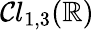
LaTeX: {\mathcal{Cl}}_{1,3}(\mathbb{R})